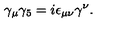
\gamma _ { \mu } \gamma _ { 5 } = i \epsilon _ { \mu \nu } \gamma ^ { \nu } .